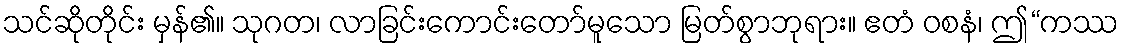
သင်ဆိုတိုင်း မှန်၏။ သုဂတ၊ လာခြင်းကောင်းတော်မူသော မြတ်စွာဘုရား။ ဧတံ ဝစနံ၊ ဤ“ကဿ